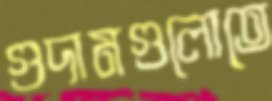
গুদামগুলোতে